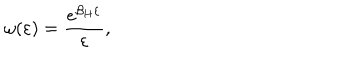
\omega ( \varepsilon ) = { \frac { e ^ { \beta _ { H } \varepsilon } } { \varepsilon } } ,